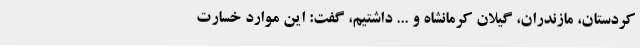
کردستان، مازندران، گیلان کرمانشاه و ... داشتیم، گفت: این موارد خسارت